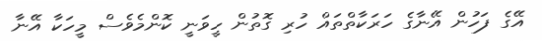
އޭގެ ފަހުން އޭނާގެ ހަރަކާތްތައް ހުރި ގޮތުން ހީވަނީ ކޮންމެވެސް މީހަކާ އޭނާ